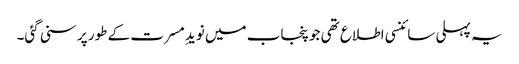
یہ پہلی سائنسی اطلاع تھی جو پنجاب میں نویدِ مسرت کے طور پر سنی گئی۔